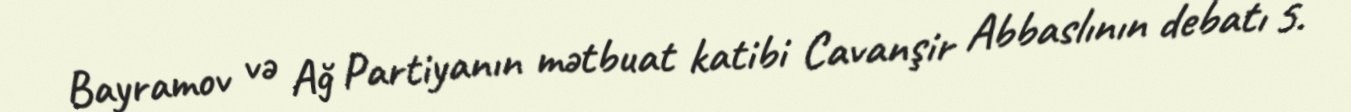
Bayramov və Ağ Partiyanın mətbuat katibi Cavanşir Abbaslının debatı 5.